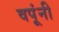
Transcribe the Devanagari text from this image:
वपूंनी